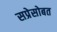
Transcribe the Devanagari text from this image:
सप्रेसोबत